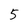
Character: 5